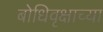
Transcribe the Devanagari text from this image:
बोधिवृक्षाच्या